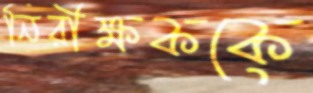
নিরীক্ষককে